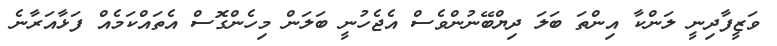
ވަޒީފާދިނީ ލަންކާ އިންތަ ބަލަ ދިޔްބޭނުންވެސް އެޖެހުނީ ބަލަން މިހެންގޮސް އެތައްކަމެއް ފަޅާއަރާނެ